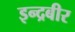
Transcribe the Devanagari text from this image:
इन्द्रबीर